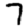
Digit: 7